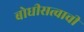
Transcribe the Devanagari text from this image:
बोधीसत्वाची